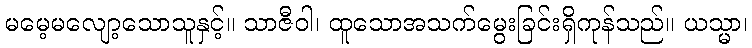
မမေ့မလျော့သောသူနှင့်။ သာဇီဝါ၊ ထူသောအသက်မွေးခြင်းရှိကုန်သည်။ ယသ္မာ၊